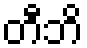
တီဘိ